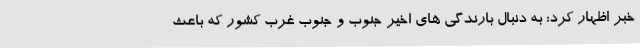
خبر اظهار کرد: به دنبال بارندگی های اخیر جنوب و جنوب غرب کشور که باعث